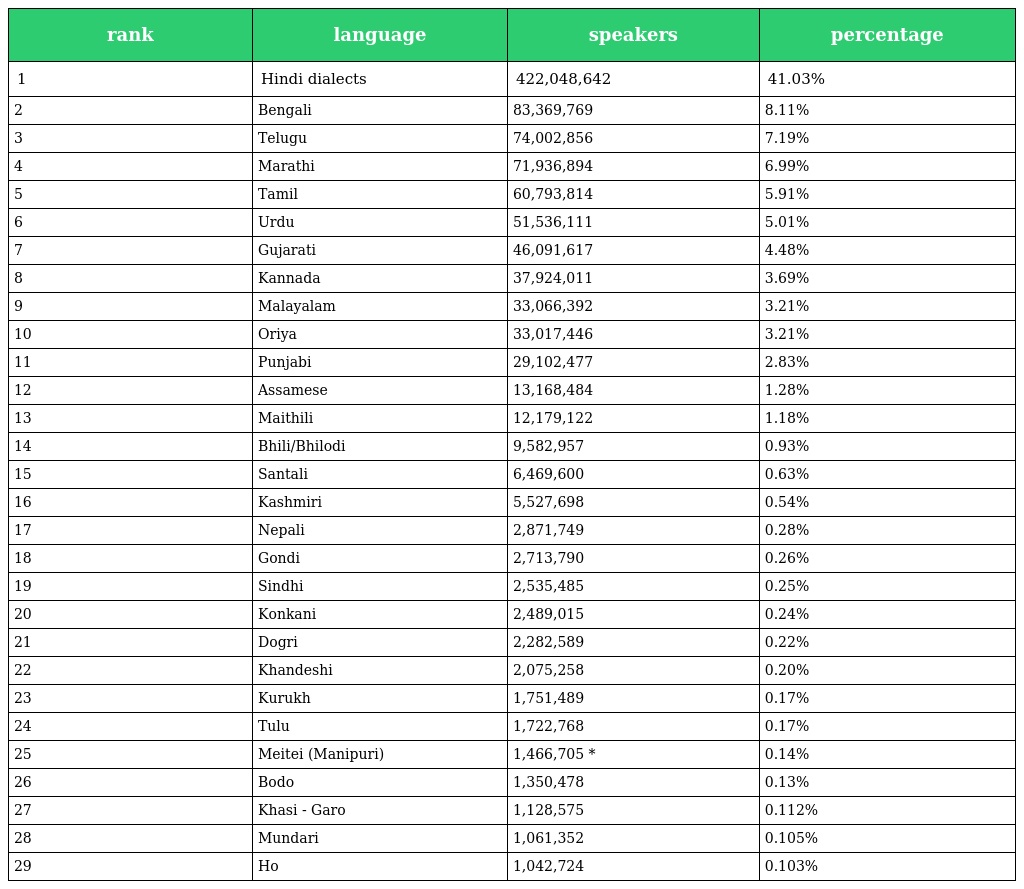
| rank | language | speakers | percentage |
 | --- | --- | --- | --- |
 | 1 | Hindi dialects | 422,048,642 | 41.03% |
 | 2 | Bengali | 83,369,769 | 8.11% |
 | 3 | Telugu | 74,002,856 | 7.19% |
 | 4 | Marathi | 71,936,894 | 6.99% |
 | 5 | Tamil | 60,793,814 | 5.91% |
 | 6 | Urdu | 51,536,111 | 5.01% |
 | 7 | Gujarati | 46,091,617 | 4.48% |
 | 8 | Kannada | 37,924,011 | 3.69% |
 | 9 | Malayalam | 33,066,392 | 3.21% |
 | 10 | Oriya | 33,017,446 | 3.21% |
 | 11 | Punjabi | 29,102,477 | 2.83% |
 | 12 | Assamese | 13,168,484 | 1.28% |
 | 13 | Maithili | 12,179,122 | 1.18% |
 | 14 | Bhili/Bhilodi | 9,582,957 | 0.93% |
 | 15 | Santali | 6,469,600 | 0.63% |
 | 16 | Kashmiri | 5,527,698 | 0.54% |
 | 17 | Nepali | 2,871,749 | 0.28% |
 | 18 | Gondi | 2,713,790 | 0.26% |
 | 19 | Sindhi | 2,535,485 | 0.25% |
 | 20 | Konkani | 2,489,015 | 0.24% |
 | 21 | Dogri | 2,282,589 | 0.22% |
 | 22 | Khandeshi | 2,075,258 | 0.20% |
 | 23 | Kurukh | 1,751,489 | 0.17% |
 | 24 | Tulu | 1,722,768 | 0.17% |
 | 25 | Meitei (Manipuri) | 1,466,705 * | 0.14% |
 | 26 | Bodo | 1,350,478 | 0.13% |
 | 27 | Khasi - Garo | 1,128,575 | 0.112% |
 | 28 | Mundari | 1,061,352 | 0.105% |
 | 29 | Ho | 1,042,724 | 0.103% |